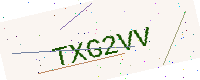
Text: TXG2VV